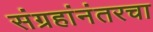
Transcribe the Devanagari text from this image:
संग्रहांनंतरचा